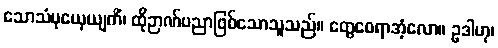
သောသံမုယှေယျကိံ၊ ထိုဉာဏ်ပညာဖြစ်သောသူသည်။ တွေဝေရာအံ့လော။ ဥဒါဟု၊